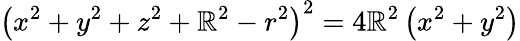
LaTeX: \left(x^{2}+y^{2}+z^{2}+\mathbb{R}^{2}-r^{2}\right)^{2}=4\mathbb{R}^{2}\left(x^{2}+y^{2}\right)